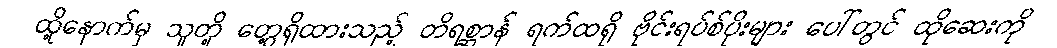
ထို့နောက်မှ သူတို့ တွေ့ရှိထားသည့် တိရစ္ဆာန် ရက်ထရို ဗိုင်းရပ်စ်ပိုးများ ပေါ်တွင် ထိုဆေးကို